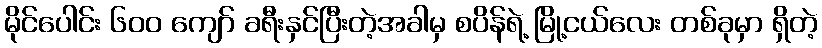
မိုင်ပေါင်း ၆၀၀ ကျော် ခရီးနှင်ပြီးတဲ့အခါမှ စပိန်ရဲ့ မြို့ငယ်လေး တစ်ခုမှာ ရှိတဲ့